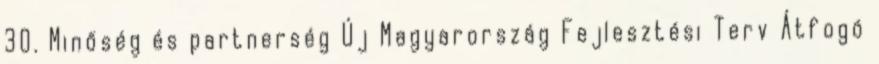
30. Minőség és partnerség Új Magyarország Fejlesztési Terv Átfogó